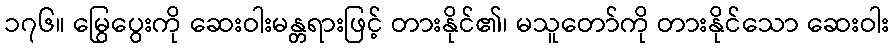
၁၇၆။ မြွေပွေးကို ဆေးဝါးမန္တရားဖြင့် တားနိုင်၏၊ မသူတော်ကို တားနိုင်သော ဆေးဝါး